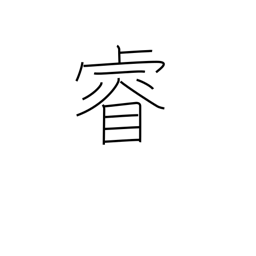
Meaning: intelligence